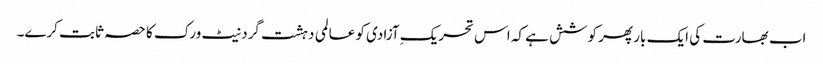
اب بھارت کی ایک بار پھر کوشش ہے کہ اس تحریکِ آزادی کو عالمی دہشت گرد نیٹ ورک کا حصہ ثابت کرے۔